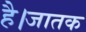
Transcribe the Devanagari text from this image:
है।जातक